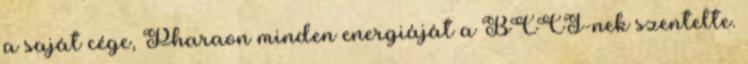
a saját cége, Pharaon minden energiáját a BCCI-nek szentelte.